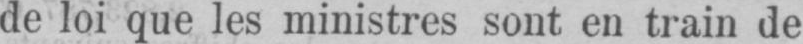
de loi que les ministres sont en train de